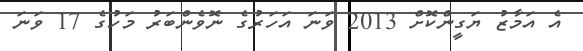
އެ އަމާޒު ޔަގީންކޮށް 2013 ވަނަ އަހަރުގެ ނޮވެންބަރު މަހުގެ 17 ވަނަ